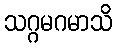
သဂ္ဂမဂမာသိ